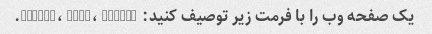
یک صفحه وب را با فرمت زیر توصیف کنید: Header، Body، Footer.